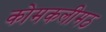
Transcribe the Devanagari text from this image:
कोमकलीमठ